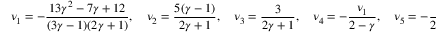
\nu _ { 1 } = - { \frac { 1 3 \gamma ^ { 2 } - 7 \gamma + 1 2 } { ( 3 \gamma - 1 ) ( 2 \gamma + 1 ) } } , \quad \nu _ { 2 } = { \frac { 5 ( \gamma - 1 ) } { 2 \gamma + 1 } } , \quad \nu _ { 3 } = { \frac { 3 } { 2 \gamma + 1 } } , \quad \nu _ { 4 } = - { \frac { \nu _ { 1 } } { 2 - \gamma } } , \quad \nu _ { 5 } = - { \frac { 2 } { 2 - \gamma } } .